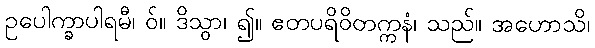
ဥပေါက္ခာပါရမီ၊ ဝ်။ ဒိသွာ၊ ၍။ ဧတပရိဝိတက္ကနံ၊ သည်။ အဟောသိ၊